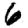
Digit: 6